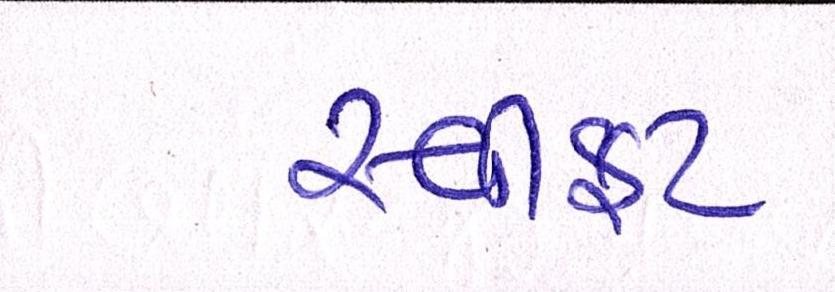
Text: સ્વીફટ